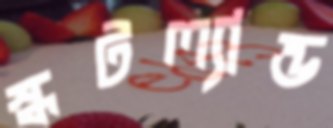
স্কটল্যান্ড